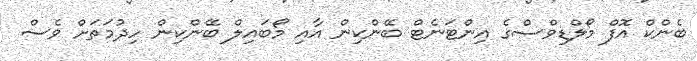
ބެންކް އޮފް މޯލްޑިވްސްގެ އިންޓަނެޓް ބޭންކިން އާއި މޯބައިލް ބޭންކިން ހިދުމަަތަށް ވެސް